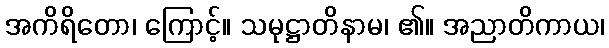
အကိရိတော၊ ကြောင့်။ သမုဋ္ဌာတိနာမ၊ ၏။ အညာတိကာယ၊